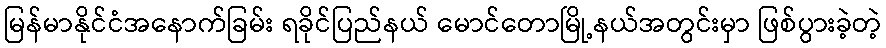
မြန်မာနိုင်ငံအနောက်ခြမ်း ရခိုင်ပြည်နယ် မောင်တောမြို့နယ်အတွင်းမှာ ဖြစ်ပွားခဲ့တဲ့